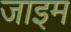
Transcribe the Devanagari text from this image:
जाइम